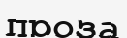
проза